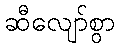
ဆီလျော်စွာ